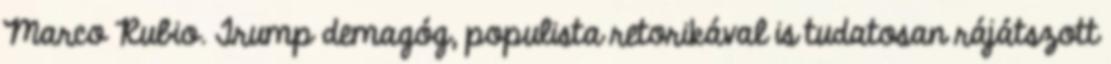
Marco Rubio. Trump demagóg, populista retorikával is tudatosan rájátszott